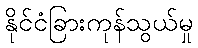
နိုင်ငံခြားကုန်သွယ်မှု